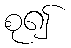
စု၍